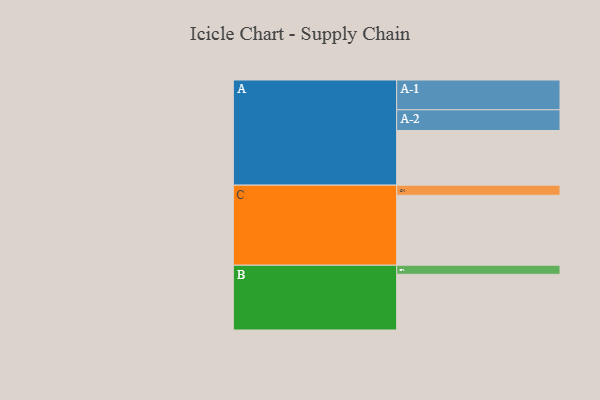
{"axis": {"x": "Segment", "y": "Value"}, "legend": ["", "A", "B", "C"], "data": [{"x": "A", "y": 464, "type": ""}, {"x": "B", "y": 473, "type": ""}, {"x": "C", "y": 594, "type": ""}, {"x": "A-1", "y": 253, "type": "A"}, {"x": "A-2", "y": 176, "type": "A"}, {"x": "B-1", "y": 77, "type": "B"}, {"x": "C-1", "y": 86, "type": "C"}]}